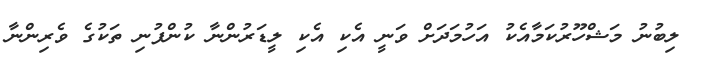
ލިބުނު މަޝްހޫރުކަމާއެކު އަހުމަދަށް ވަނީ އެކި އެކި ލީޑަރުންނާ ކުންފުނި ތަކުގެ ވެރިންނާ